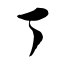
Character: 丁